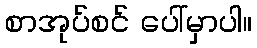
စာအုပ်စင် ပေါ်မှာပါ။